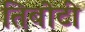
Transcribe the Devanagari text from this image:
तिबोटी